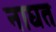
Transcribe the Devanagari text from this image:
नाघत